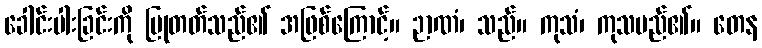
ခေါင်းပါးခြင်းကို ပြုတတ်သည်၏ အဖြစ်ကြောင့်။ ဉာဏံ၊ သည်။ ကုသံ၊ ကုသမည်၏။ တေန